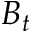
B _ { t }